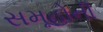
સમૂહોની